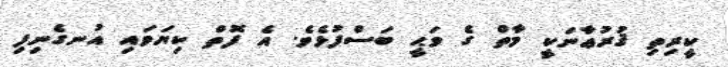
ކީރިތި ޤުރުޢާނަކީ މާތް ގެ ވަޙީ ބަސްފުޅެވެ. އެ ފޮތް ކިޔަވައި އުނގެނިފި